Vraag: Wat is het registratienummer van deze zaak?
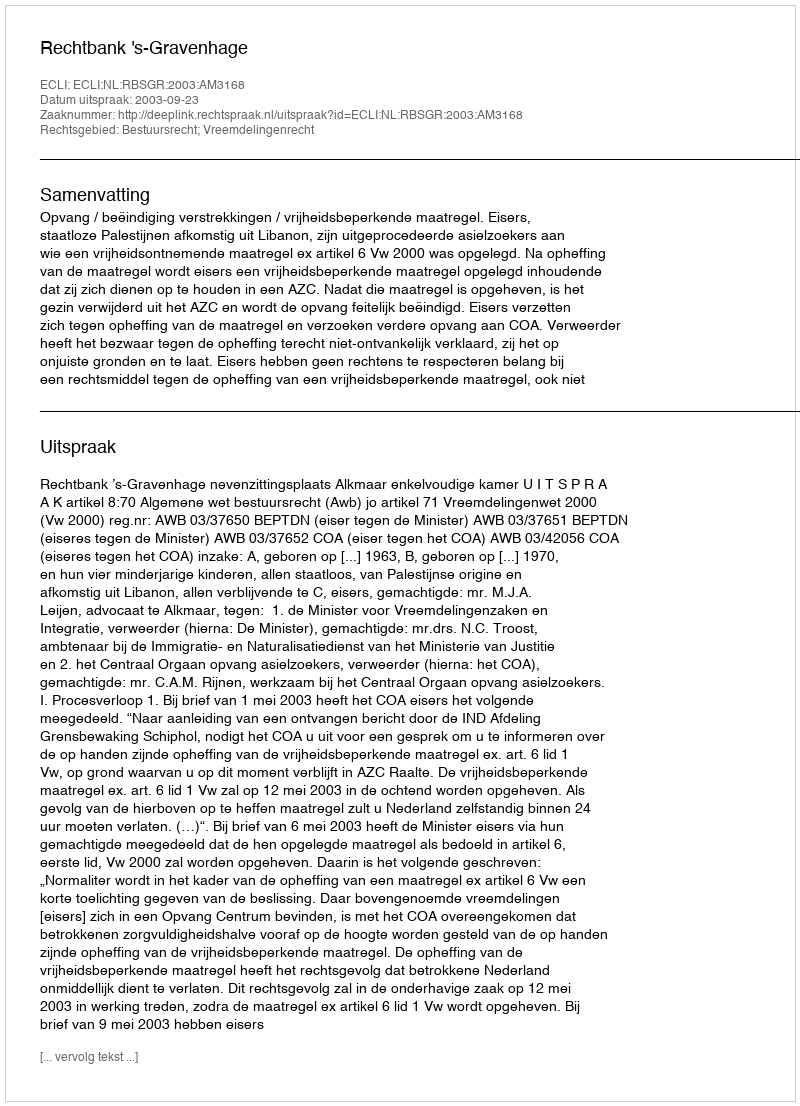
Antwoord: http://deeplink.rechtspraak.nl/uitspraak?id=ECLI:NL:RBSGR:2003:AM3168